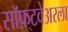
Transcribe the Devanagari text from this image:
सॉफ़्टवेअरला